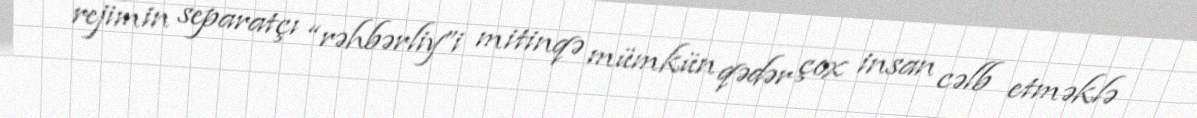
rejimin separatçı “rəhbərliy”i mitinqə mümkün qədər çox insan cəlb etməklə